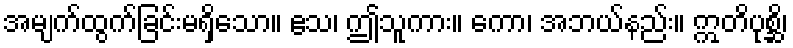
အမျက်ထွက်ခြင်းမရှိသော။ ဧသ၊ ဤသူကား။ ကော၊ အဘယ်နည်း။ ဣတိပုစ္ဆိ၊